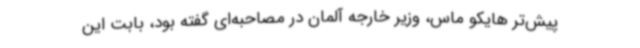
پیش‌تر هایکو ماس، وزیر خارجه آلمان در مصاحبه‌ای گفته بود، بابت این